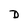
Character: D